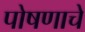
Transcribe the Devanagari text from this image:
पोषणाचे